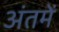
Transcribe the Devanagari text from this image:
अंतमें